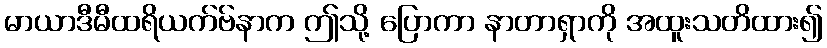
မာယာဒီမီထရိယက်ဗ်နာက ဤသို့ ပြောကာ နာတာရှာကို အထူးသတိထား၍